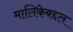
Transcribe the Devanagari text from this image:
मालिकेबद्दल